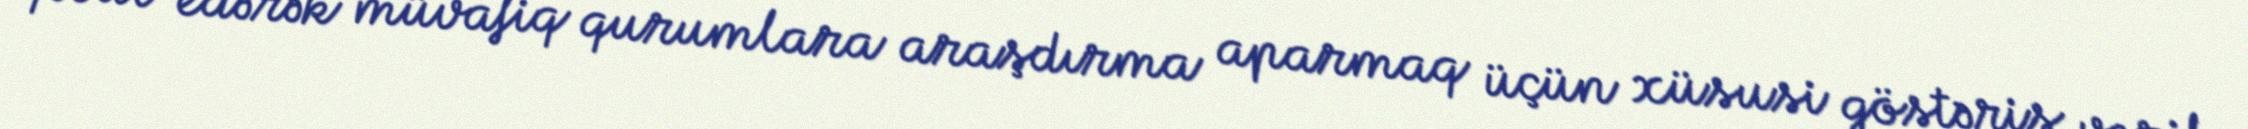
qəbul edərək müvafiq qurumlara araşdırma aparmaq üçün xüsusi göstəriş verib.